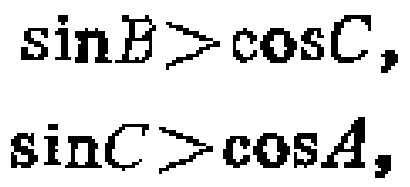
\(\sin B>\cos C,\)
\(\sin C>\cos A,\)